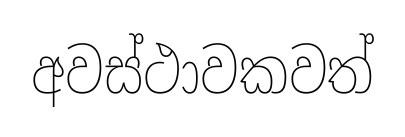
අවස්ථාවකවත්